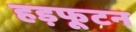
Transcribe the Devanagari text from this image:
हड़फूटन